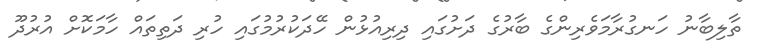
ތާލިބާނު ހަނގުރާމަވެރިންގެ ބާރުގެ ދަށުގައި ދިރިއުޅުން ހޭދަކުރުމުގައި ހުރި ދަތިތައް ހާމަކޮށް އުރުދޫ